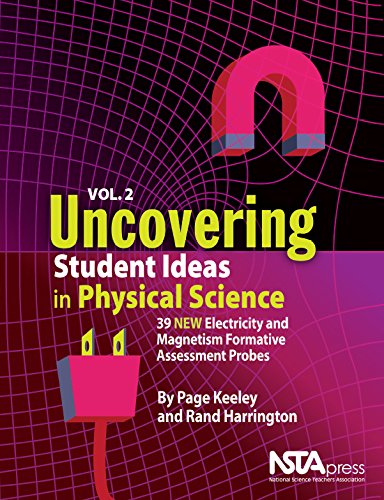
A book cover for Uncovering Student Ideas in Physical Science, Volume 2 - PB274X2; Page Keeley; Children's Books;